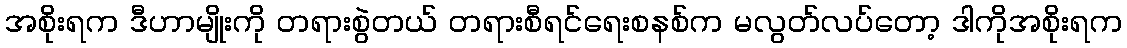
အစိုးရက ဒီဟာမျိုးကို တရားစွဲတယ် တရားစီရင်ရေးစနစ်က မလွတ်လပ်တော့ ဒါကိုအစိုးရက